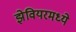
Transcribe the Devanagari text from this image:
झेवियरमध्ये